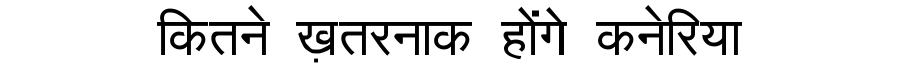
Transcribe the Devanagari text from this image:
कितने ख़तरनाक होंगे कनेरिया